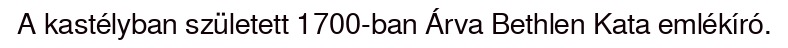
A kastélyban született 1700-ban Árva Bethlen Kata emlékíró.